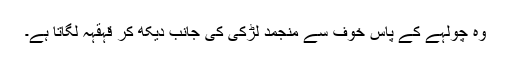
وہ چولہے کے پاس خوف سے منجمد لڑکی کی جانب دیکھ کر قہقہہ لگاتا ہے۔